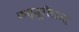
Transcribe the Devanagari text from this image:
कत्यूरीराजा